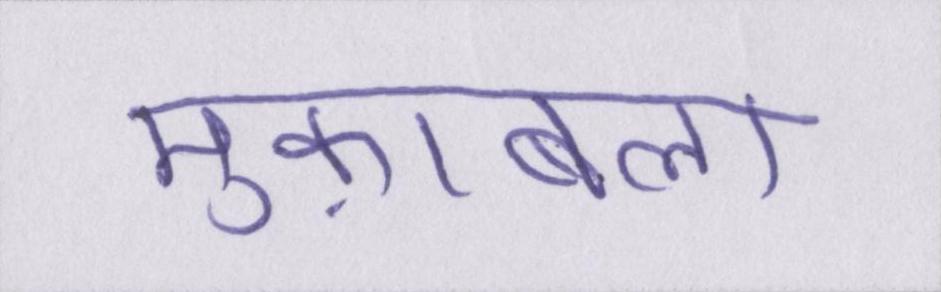
मुक़ाबला